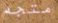
متجه